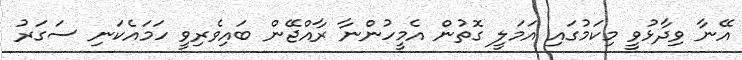
އޭނާ ވިދާޅުވީ މިކަމުގައި އަމަލީ ގޮތުން އެމީހުންނާ ރާއްޖޭން ބައިވެރިވީ ހަމައެކަނި ސަގަރު